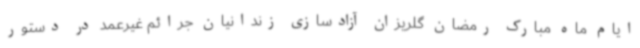
ایام ماه مبارک رمضان گلریزان آزادسازی زندانیان جرائم غیرعمد در دستور